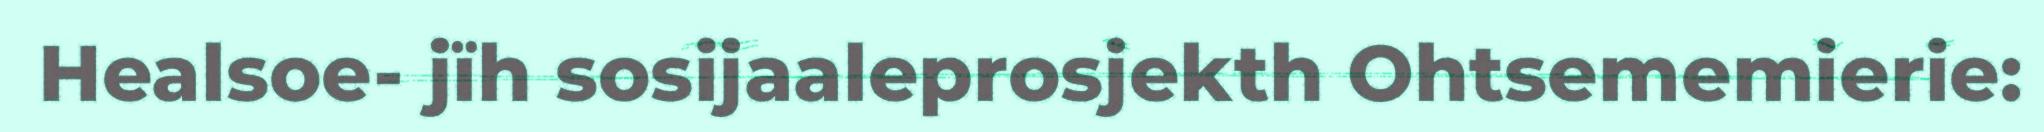
Healsoe- jïh sosijaaleprosjekth Ohtsememierie: